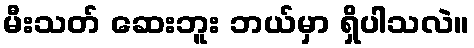
မီးသတ် ဆေးဘူး ဘယ်မှာ ရှိပါသလဲ။